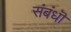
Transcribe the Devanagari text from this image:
संबंधॊ